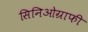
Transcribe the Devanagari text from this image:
सिनिओग्राफी